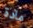
مادة